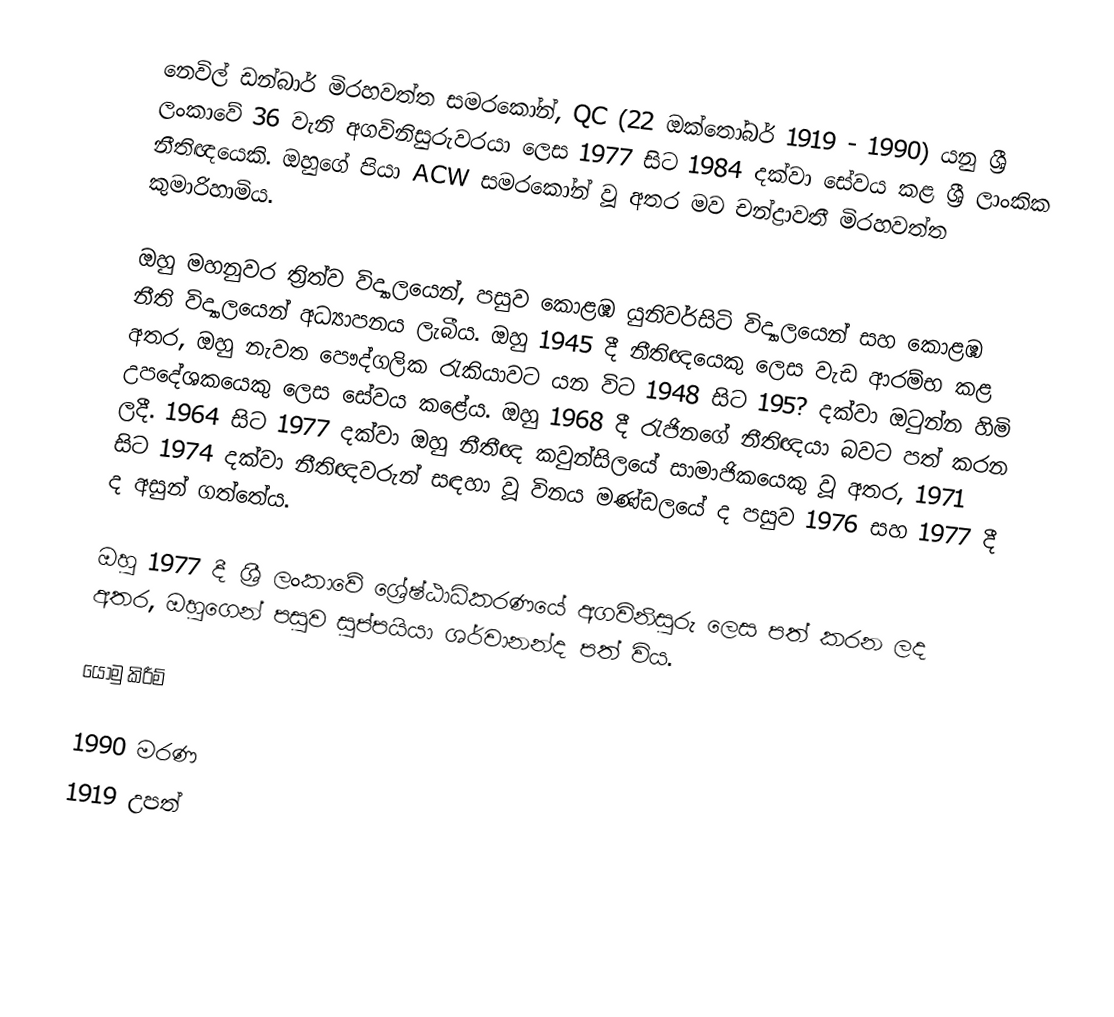
නෙවිල් ඩන්බාර් මිරහවත්ත සමරකෝන්, QC (22 ඔක්තෝබර් 1919 - 1990) යනු ශ්‍රී ලංකාවේ 36 වැනි අගවිනිසුරුවරයා ලෙස 1977 සිට 1984 දක්වා සේවය කළ ශ්‍රී ලාංකික නීතිඥයෙකි. ඔහුගේ පියා ACW සමරකෝන් වූ අතර මව චන්ද්‍රාවතී මිරහවත්ත කුමාරිහාමිය.

ඔහු මහනුවර ත්‍රිත්ව විද්‍යාලයෙන්, පසුව කොළඹ යුනිවර්සිටි විද්‍යාලයෙන් සහ කොළඹ නීති විද්‍යාලයෙන් අධ්‍යාපනය ලැබීය. ඔහු 1945 දී නීතිඥයෙකු ලෙස වැඩ ආරම්භ කළ අතර, ඔහු නැවත පෞද්ගලික රැකියාවට යන විට 1948 සිට 195? දක්වා ඔටුන්න හිමි උපදේශකයෙකු ලෙස සේවය කළේය. ඔහු 1968 දී රැජිනගේ නීතිඥයා බවට පත් කරන ලදී. 1964 සිට 1977 දක්වා ඔහු නීතීඥ කවුන්සිලයේ සාමාජිකයෙකු වූ අතර, 1971 සිට 1974 දක්වා නීතිඥවරුන් සඳහා වූ විනය මණ්ඩලයේ ද පසුව 1976 සහ 1977 දී ද අසුන් ගත්තේය.

ඔහු 1977 දී ශ්‍රී ලංකාවේ ශ්‍රේෂ්ඨාධිකරණයේ අගවිනිසුරු ලෙස පත් කරන ලද අතර,  ඔහුගෙන් පසුව සුප්පයියා ශර්වානන්ද පත් විය.

යොමු කිරීම්

1990 මරණ
1919 උපත්